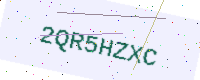
Text: 2QR5HZXC